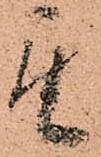
其